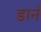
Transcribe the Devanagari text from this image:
डार्न